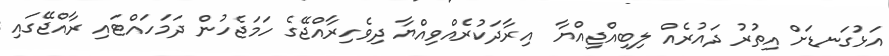
އަޅުގަނޑަށް އިތުރު ދައުރެއް ލިބިއްޖިއްޔާ  އިރާދަކުރެއްވިއްޔާ ދިވެހިރާއްޖޭގެ ހަމަޖެހުން ދަމަހައްޓައި ރާއްޖޭގައި